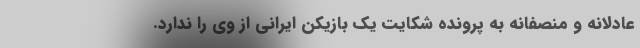
عادلانه و منصفانه به پرونده شکایت یک بازیکن ایرانی از وی را ندارد.